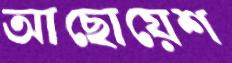
আছোয়েশ